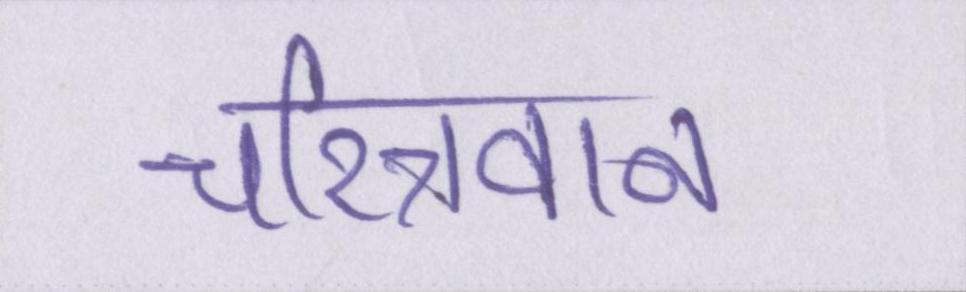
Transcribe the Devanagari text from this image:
चरित्रवान